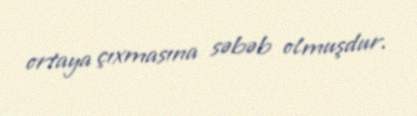
ortaya çıxmasına səbəb olmuşdur.